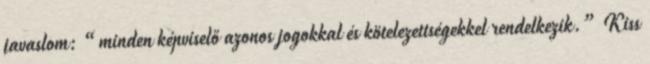
javaslom: “minden képviselő azonos jogokkal és kötelezettségekkel rendelkezik.” Kiss